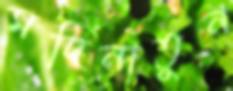
মদিনাতুন